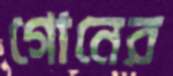
গোনের